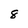
Character: 8